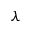
\lambda